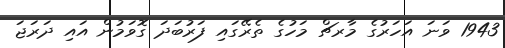
1943 ވަނަ އަހަރުގެ މާރޗް މަހުގެ ތެރޭގައި ފަރުބަދަ ގޮވަމުން އައި ދަރަޖަ